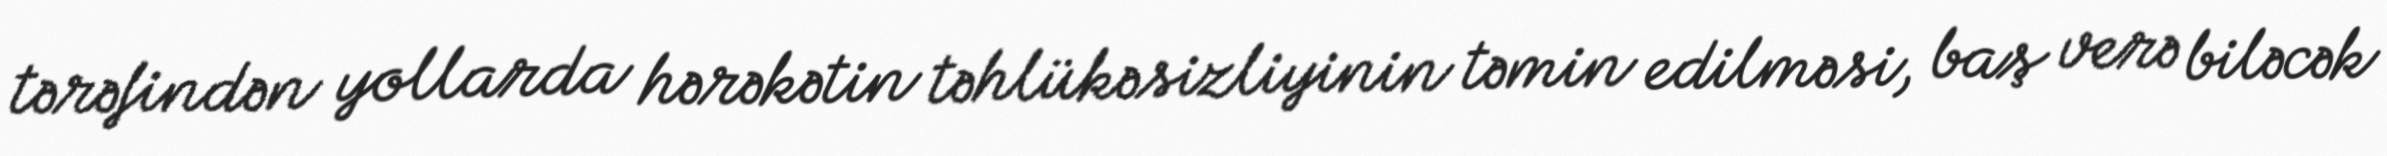
tərəfindən yollarda hərəkətin təhlükəsizliyinin təmin edilməsi, baş verə biləcək